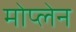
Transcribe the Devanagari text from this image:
मोप्लेन